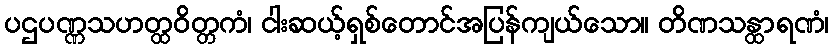
ပဌပဏ္ဏသဟတ္ထဝိတ္တကံ၊ ငါးဆယ့်ရှစ်တောင်အပြန်ကျယ်သော။ တိဏသန္ထာရဏံ၊